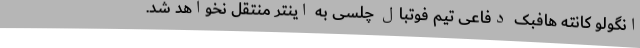
انگولو کانته هافبک دفاعی تیم فوتبال چلسی به اینتر منتقل نخواهد شد.